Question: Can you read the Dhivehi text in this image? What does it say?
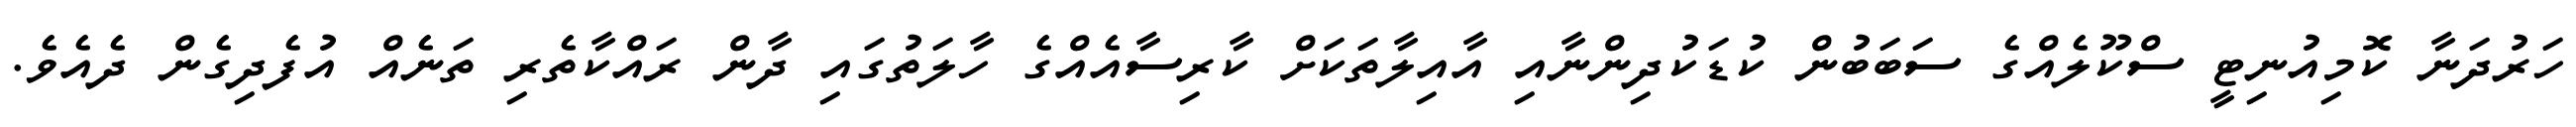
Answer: ހަރުދަނާ ކޮމިއުނިޓީ ސްކޫލެއްގެ ސަބަބުން ކުޑަކުދިންނާއި އާއިލާތަކަށް ކާރިސާއެއްގެ ހާލަތުގައި ދާން ރައްކާތެރި ތަނެއް އުފެދިގެން ދެއެވެ.